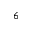
_ { 6 }